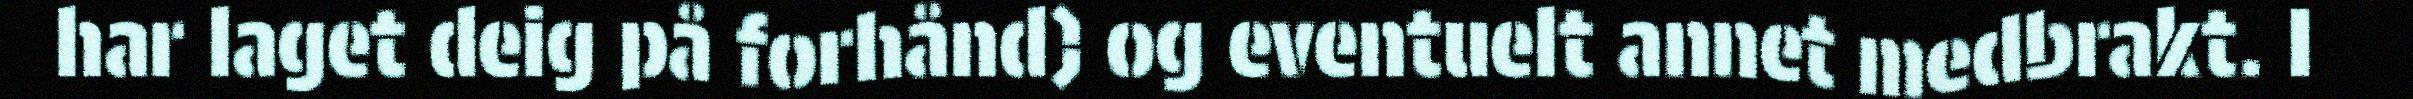
har laget deig på forhånd) og eventuelt annet medbrakt. I